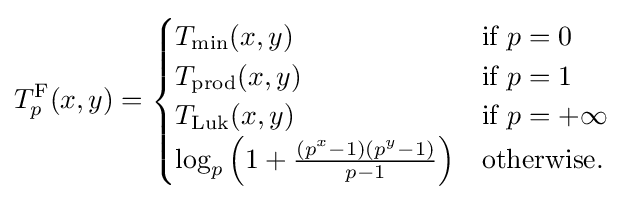
T_{p}^{\mathrm {F} }(x,y)={\begin{cases}T_{\mathrm {min} }(x,y)&{\text{if }}p=0\\T_{\mathrm {prod} }(x,y)&{\text{if }}p=1\\T_{\mathrm {Luk} }(x,y)&{\text{if }}p=+\infty \\\log _{p}\left(1+{\frac {(p^{x}-1)(p^{y}-1)}{p-1}}\right)&{\text{otherwise.}}\end{cases}}